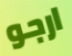
ارجو